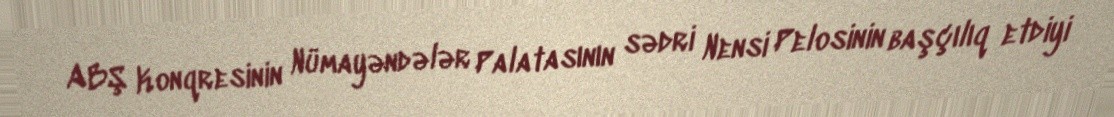
ABŞ Konqresinin Nümayəndələr Palatasının sədri Nensi Pelosinin başçılıq etdiyi